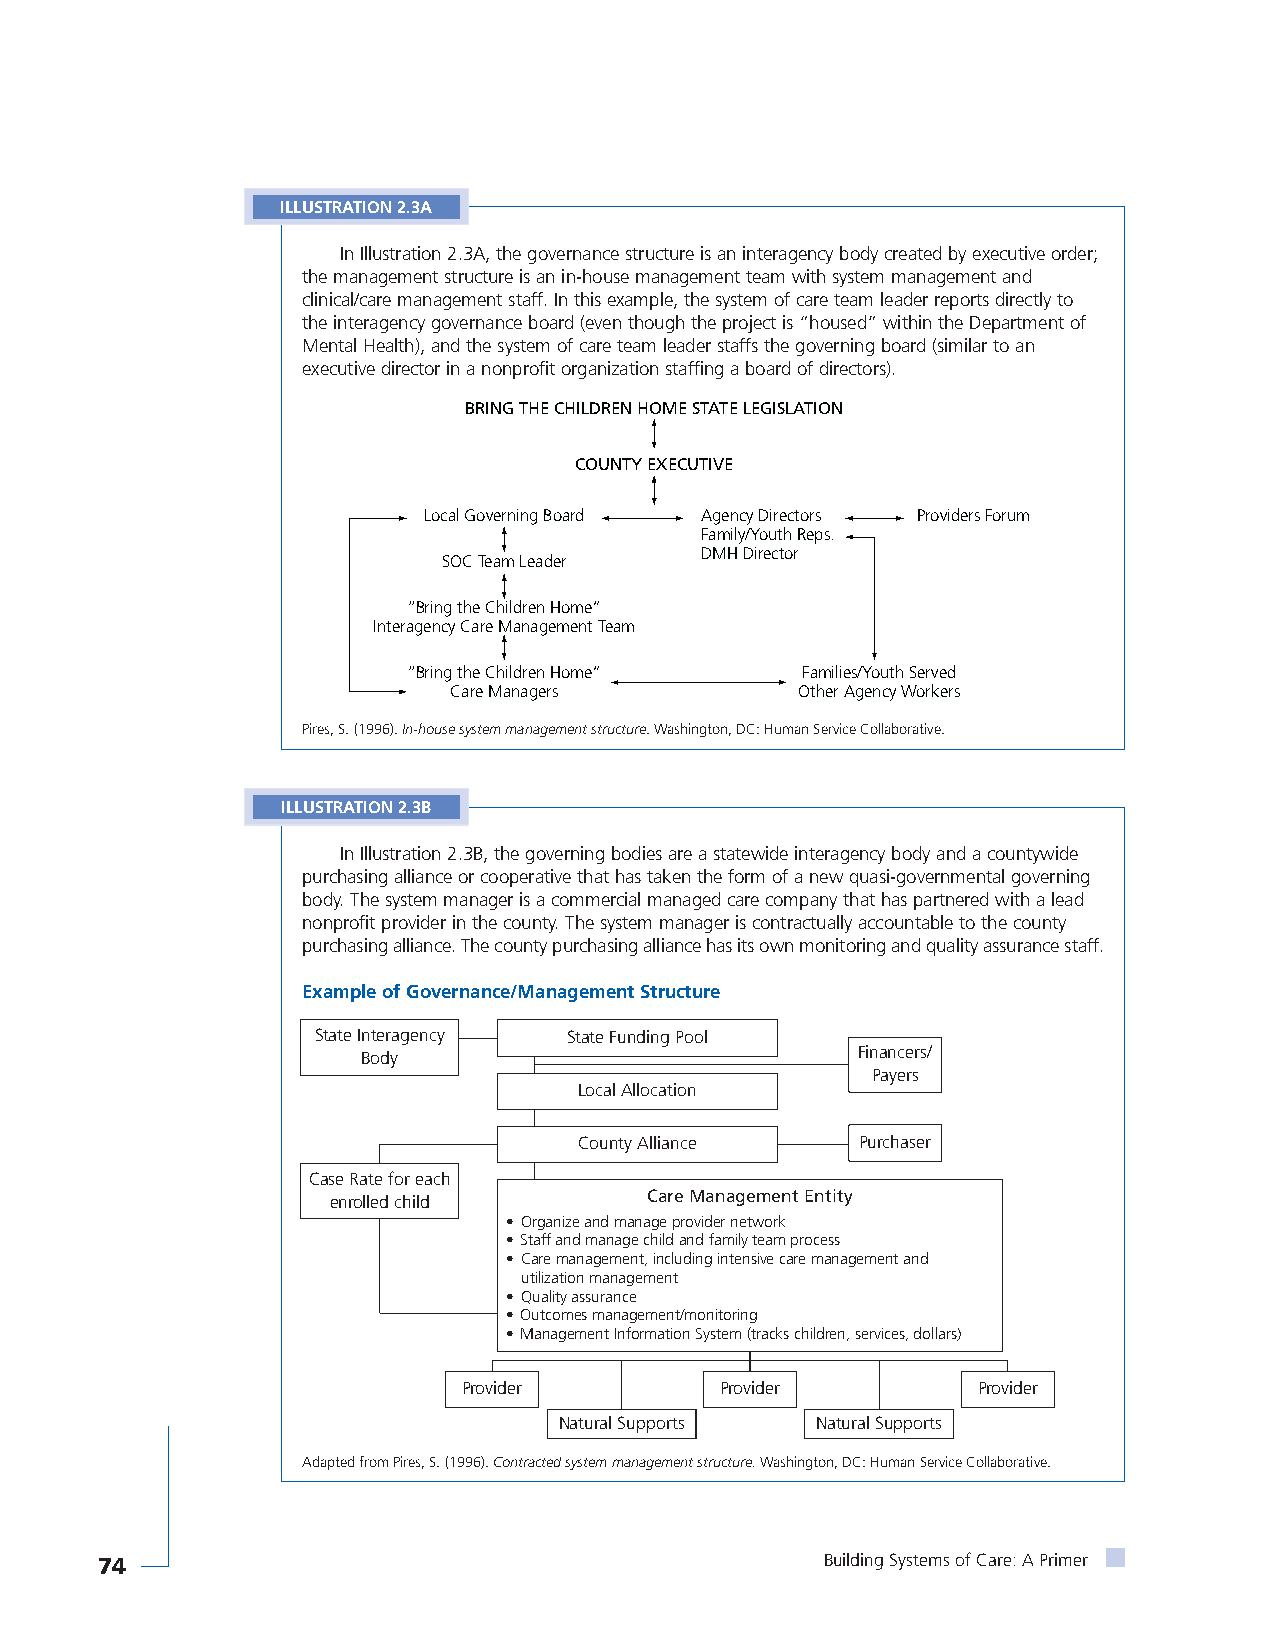
ILLUSTRATION 2.3A
 In Illustration 2.3A, the governance structure is an interagency body created by executive order;
 the management structure is an in-house management team with system management and
 clinical/care management staff. In this example, the system of care team leader reports directly to
 the interagency governance board (even though the project is “housed” within the Department of
 Mental Health), and the system of care team leader staffs the governing board (similar to an
 executive director in a nonprofit organization staffing a board of directors).
 BRING THE CHILDREN HOME STATE LEGISLATION
 COUNTY EXECUTIVE
 Local Governing Board Agency Directors Providers Forum
 Family/Youth Reps.
 DMH Director
 SOC Team Leader
 “Bring the Children Home”
 Interagency Care Management Team
 “Bring the Children Home” Families/Youth Served
 Care Managers          Other Agency Workers
 Pires, S. (1996). In-house system management structure. Washington, DC: Human Service Collaborative.
 ILLUSTRATION 2.3B
 In Illustration 2.3B, the governing bodies are a statewide interagency body and a countywide
 purchasing alliance or cooperative that has taken the form of a new quasi-governmental governing
 body. The system manager is a commercial managed care company that has partnered with a lead
 nonprofit provider in the county. The system manager is contractually accountable to the county
 purchasing alliance. The county purchasing alliance has its own monitoring and quality assurance staff.
 Example of Governance/Management Structure
 State Interagency State Funding Pool
 Body                             Financers/
 Payers
 Local Allocation
 County Alliance    Purchaser
 Case Rate for each
 enrolled child       Care Management Entity
 • Organize and manage provider network
 • Staff and manage child and family team process
 • Care management, including intensive care management and
 utilization management
 • Quality assurance
 • Outcomes management/monitoring
 • Management Information System (tracks children, services, dollars)
 Provider         Provider         Provider
 Natural Supports Natural Supports
 Adapted from Pires, S. (1996). Contracted system management structure.Washington, DC: Human Service Collaborative.
 74                                               Building Systems of Care: A Primer